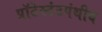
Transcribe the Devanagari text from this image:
प्रॉटेस्टंटपंथीय